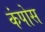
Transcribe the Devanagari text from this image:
कंपोस